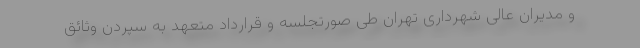
و مدیران عالی شهرداری تهران طی صورتجلسه و قرارداد متعهد به سپردن وثائق